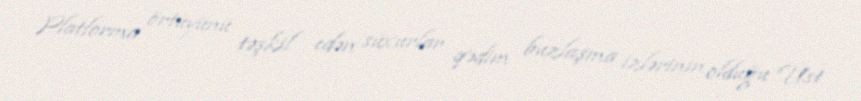
Platforma örtüyünü təşkil edən süxurlar qədim buzlaşma izlərinin olduğu Üst